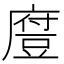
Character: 𫎃